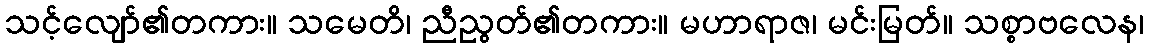
သင့်လျော်၏တကား။ သမေတိ၊ ညီညွတ်၏တကား။ မဟာရာဇ၊ မင်းမြတ်။ သစ္စာဗလေန၊